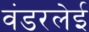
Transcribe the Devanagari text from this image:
वंडरलेई